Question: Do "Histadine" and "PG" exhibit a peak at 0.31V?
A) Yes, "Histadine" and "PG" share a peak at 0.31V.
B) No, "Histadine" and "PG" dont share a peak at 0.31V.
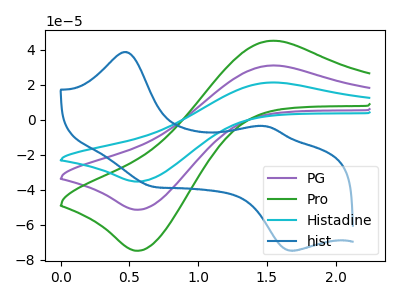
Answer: <think>The purple curve "PG" has an anodic peak at (1.55V, 31.10uA) and a cathodic peak at (0.55V, -51.50uA). The green curve "Pro" has an anodic peak at (1.55V, 45.25uA) and a cathodic peak at (0.55V, -74.95uA). The cyan curve "Histadine" has an anodic peak at (1.55V, 62.20uA) and a cathodic peak at (0.55V, -103.00uA). The blue curve "hist" has anodic peaks at (0.45V, 38.80uA) (1.50V, -3.60uA) and cathodic peaks at (0.65V, -38.10uA) (1.70V, -74.95uA).</think>
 <answer>B) No, "Histadine" and "PG" dont share a peak at 0.31V.</answer>
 <eval>B</eval>